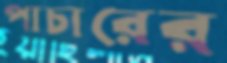
পাচারের